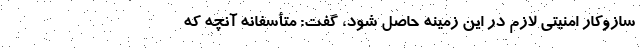
سازوکار امنیتی لازم در این زمینه حاصل شود، گفت: متأسفانه آنچه که